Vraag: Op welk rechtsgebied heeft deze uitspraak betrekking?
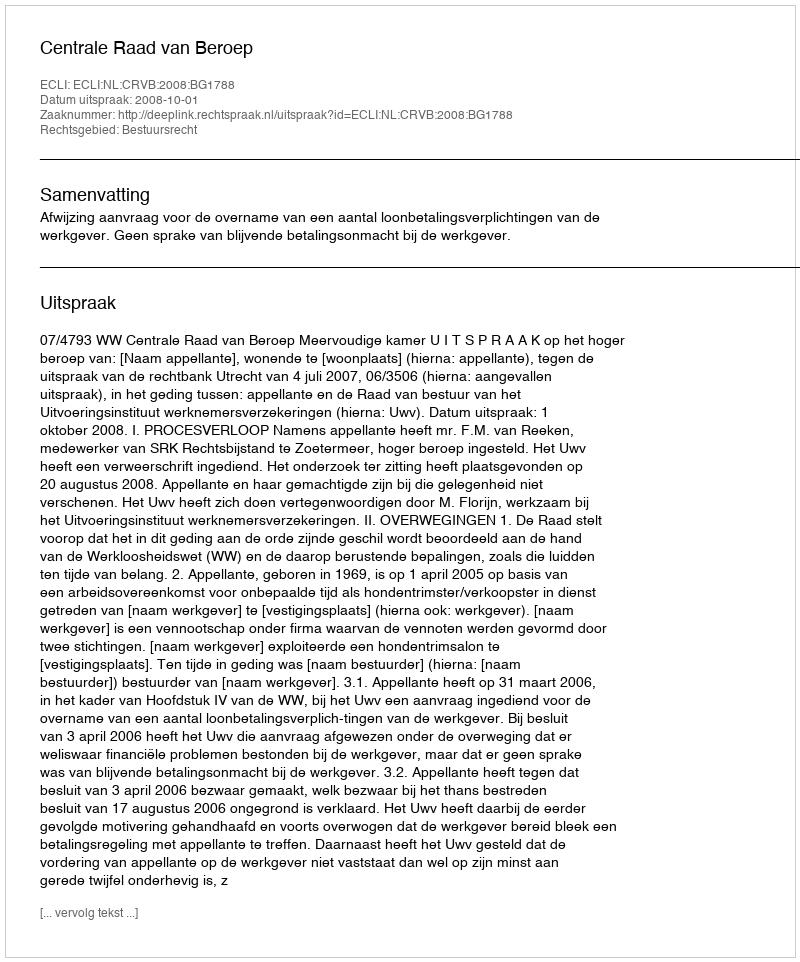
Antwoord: Bestuursrecht